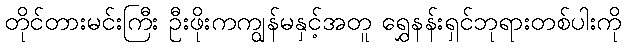
တိုင်တားမင်းကြီး ဦးဖိုးကကျွန်မနှင့်အတူ ရွှေနန်းရှင်ဘုရားတစ်ပါးကို